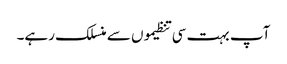
آپ بہت سی تنظیموں سے منسلک رہے۔